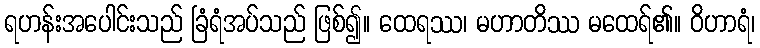
ရဟန်းအပေါင်းသည် ခြံရံအပ်သည် ဖြစ်၍။ ထေရဿ၊ မဟာတိဿ မထေရ်၏။ ဝိဟာရံ၊